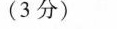
(3分)